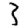
Digit: 3